Bulletin of the Pasteur Institute of Southern India, Coonoor - No. 2.
Year: 1909
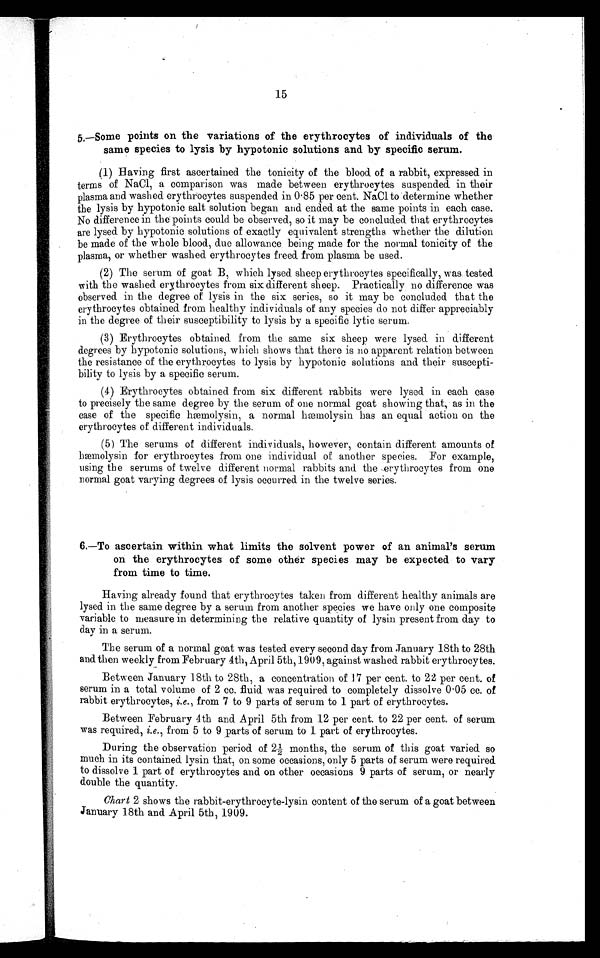
1 5
5.—Some points on the variations of the erythrocytes of individuals of the
same species to lysis by hypotonic solutions and by specific serum.
(1) Having first ascertained the tonicity of the blood of a rabbit, expressed in
terms of NaCl, a comparison was made between erythrocytes suspended in their
plasma and washed erythrocytes suspended in 0·85 per cent. NaCl to determine whether
the lysis by hypotonic salt solution began and ended at the same points in each ease.
No difference in the points could be observed, so it may be concluded that erythrocytes
are lysed by hypotonic solutions of exactly equivalent strengths whether the dilution
be made of the whole blood, due allowance being made for the normal tonicity of the
plasma, or whether washed erythrocytes freed from plasma be used.
(2) The serum of goat B , which lysed sheep erythrocytes specifically, was tested
with the washed erythrocytes from six different sheep. Practically no difference was
observed in the degree of lysis in the six series, so it may be concluded that the
erythrocytes obtained from healthy individuals of any species do not differ appreciably
in the degree of their susceptibility to lysis by a specific lytic serum.
(3) Erythrocytes obtained from the same six sheep were lysed in different
degrees by hypotonic solutions, which shows that there is no apparent relation between
the resistance of the erythrocytes to lysis by hypotonic solutions and their suscepti
-
bility to lysis by a specific serum.
(4) Erythrocytes obtained from six different rabbits were lysed in each case
to precisely the same degree by the serum of one normal goat showing that, as in the
case of the specific hæmolysin ; a normal hæmolysin has an equal action on the
erythrocytes of different individuals.
(5) The serums of different individuals, however, contain different amounts of
hæmolysin for erythrocytes from one individual of another species. For example,
using the serums of twelve different normal rabbits and the erythrocytes from one
normal goat varying degrees of lysis occurred in the twelve series.
6.—To ascertain within what limits the solvent power of an animal's serum
on the erythrocytes of some other species may be expected to vary
from time to time.
Having already found that erythrocytes taken from different healthy animals are
lysed in the same degree by a serum from another species we have only one composite
variable to measure in determining the relative quantity of lysin present from day to
day in a serum.
The serum of a normal goat was tested every second day from January 18th to 28th
and then weekly from February 4th, April 5th, 1909, against washed rabbit erythrocytes.
Between January 18th to 28th, a concentration of 17 per cent. to 22 per cent. of
serum in a total volume of 2 cc. fluid was required to completely dissolve 0·05 cc. of
rabbit erythrocytes, i.e., from 7 to 9 parts of serum to 1 part of erythrocytes.
Between February 4th and April 5th from 12 per cent. to 22 per cent. of serum
was required, i.e., from 5 to 9 parts of serum to 1 part of erythrocytes.
During the observation period of 2 ½ months, the serum of this goat varied so
much in its contained lysin that, on some occasions, only 5 parts of serum were required
to dissolve 1 part of erythrocytes and on other occasions 9 parts of serum, or nearly
double the quantity.
Chart 2 shows the rabbit-erythrocyte-lysin content of the serum of a goat between
January 18th and April 5th, 1909.